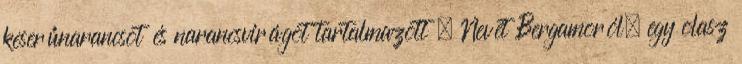
keserűnarancsot és narancsvirágot tartalmazott . Nevét Bergamoról, egy olasz